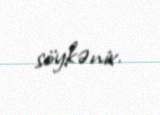
söykənir.